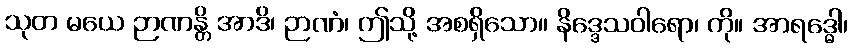
သုတ မယေ ဉာဏန္တိ အာဒိ၊ ဉာဏံ၊ ဤသို့ အစရှိသော။ နိဒ္ဒေသဝါရော၊ ကို။ အာရဒ္ဓေါ၊